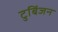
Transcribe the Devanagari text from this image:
टुबिंजन